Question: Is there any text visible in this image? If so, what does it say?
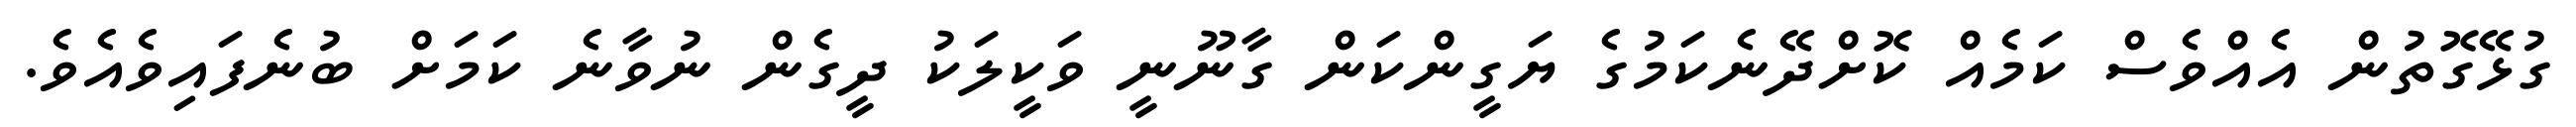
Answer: ގުޅޭގޮތުން އެއްވެސް ކަމެއް ކޮށްދޭނެކަމުގެ ޔަގީންކަން ގާނޫނީ ވަކީލަކު ދީގެން ނުވާނެ ކަމަށް ބުނެފައިވެއެވެ.